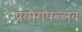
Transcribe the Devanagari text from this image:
प्रयोगपल्लवः